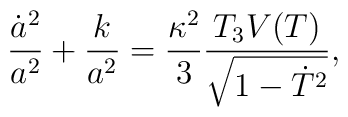
\frac{\dot a^2}{a^2}+\frac{k}{a^2} = \frac{\kappa^2}{3} \frac{T_{3}V(T)}{\sqrt{1-\dot{T}^{2}}},